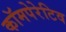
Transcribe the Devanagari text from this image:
कॉमपेरेटिव